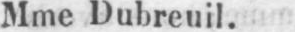
Mme Dubreuil.